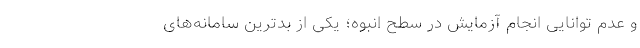
و عدم توانایی انجام آزمایش در سطح انبوه؛ یکی از بدترین سامانه‌های